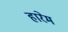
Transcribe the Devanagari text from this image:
हारेम